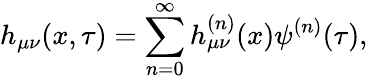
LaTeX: h_{\mu\nu}(x,\tau)=\sum_{n=0}^{\infty}h_{\mu\nu}^{(n)}(x)\psi^{(n)}(\tau),